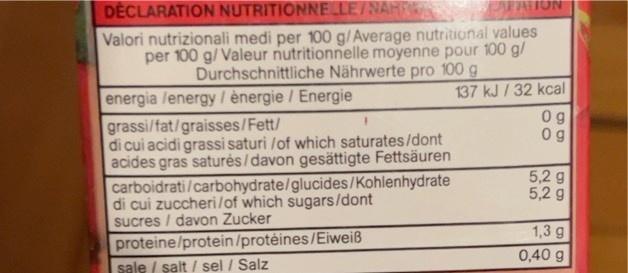
DECLARATION NUTRITIONNELLE/NAHRE
Valori nutrizionali medi per 100 g/Average nutritional values per 100 g/Valeur nutritionnelle moyenne pour 100 g/ Durchschnittliche Nährwerte pro 100 g
energia /energy /ènergie / Energie
137 kJ / 32 kcal
PALION
grassi/fat/graisses/Fett/
di cui acidi grassi saturi /of which saturates/dont acides gras saturés/davon gesättigte Fettsäuren carboidrati/carbohydrate/glucides/Kohlenhydrate di cui zuccheri/of which sugars/dont sucres / davon Zucker
proteine/protein/protéines/Eiweiß
sale/ salt/ sel / Salz
0g
Og
5,2 g 5,2 g
1,3 g
0,40 g